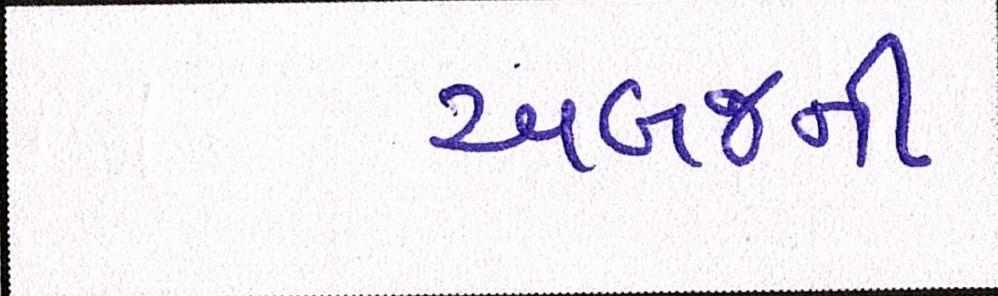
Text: અબજની